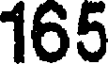
165